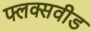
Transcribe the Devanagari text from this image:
फ्लक्सवीड